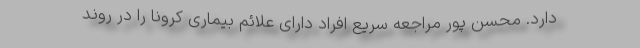
دارد. محسن پور مراجعه سریع افراد دارای علائم بیماری کرونا را در روند